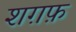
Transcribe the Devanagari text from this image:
शग़फ़